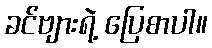
ခင်ဗျားရဲ့ ပြေစာပါ။